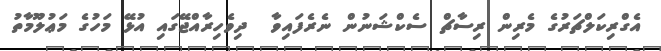
އެގްރިކަލްޗަރުގެ މެރިން ރިސާޗް ސެކްޝަނުން ނެރެފައިވާ  ދިވެހިރާއްޖޭގައި އުޅޭ މަހުގެ މަޢުލޫމާތު